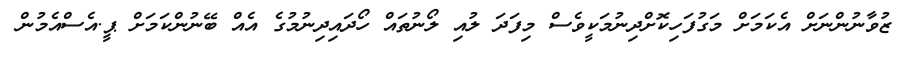
ޒުވާނުންނަށް އެކަމަށް މަގުފަހިކޮށްދިނުމަކީވެސް މިފަދަ ލުއި ލޯނުތައް ހޯދައިދިނުމުގެ އެއް ބޭނުންކަމަށް ޕީ.އެސްއެމުން